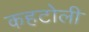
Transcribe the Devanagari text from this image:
कहटोली